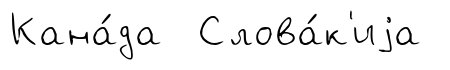
Кана́да Слова́к'иjа